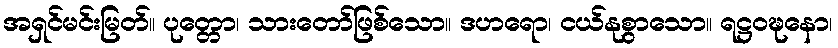
အရှင်မင်းမြတ်။ ပုတ္တော၊ သားတော်ဖြစ်သော။ ဒဟရော၊ ငယ်နုစွာသော။ ရဋ္ဌဝဍ္ဎနော၊